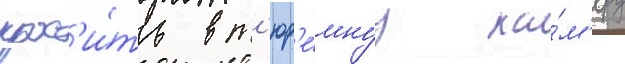
прос'и́ть в т'юр'е́мнуу ка́м'еру